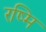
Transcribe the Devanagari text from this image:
रष्मि